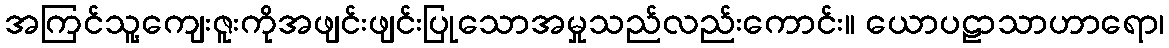
အကြင်သူ့ကျေးဇူးကိုအဖျင်းဖျင်းပြုသောအမှုသည်လည်းကောင်း။ ယောပဠာသာဟာရော၊